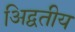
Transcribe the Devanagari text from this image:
अिद्वतीय